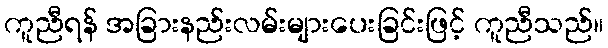
ကူညီရန် အခြားနည်းလမ်းများပေးခြင်းဖြင့် ကူညီသည်။